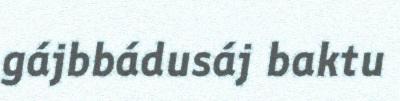
gájbbádusáj baktu